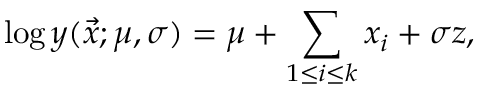
\log y ( \vec { x } ; \mu , \sigma ) = \mu + \sum _ { 1 \leq i \leq k } x _ { i } + \sigma z ,